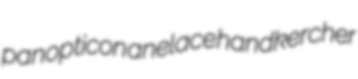
panopticon anelace handkercher